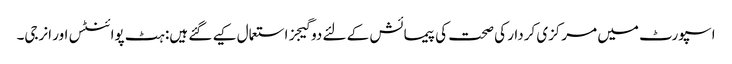
اسپورٹ میں مرکزی کردار کی صحت کی پیمائش کے لئے دو گیجز استعمال کیے گئے ہیں: ہٹ پوائنٹس اور انرجی۔